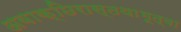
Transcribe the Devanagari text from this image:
अवाक्छिरास्तथाभूत्वा